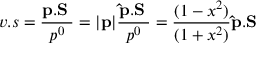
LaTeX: v . s = { \frac { \bf p . S _ { \Lambda } } { p ^ { 0 } } } = | { \bf p } | { \frac { \bf \hat { p } . S _ { \Lambda } } { p ^ { 0 } } } = { \frac { ( 1 - x ^ { 2 } ) } { ( 1 + x ^ { 2 } ) } } { \bf \hat { p } . S _ { \Lambda } }